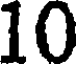
10